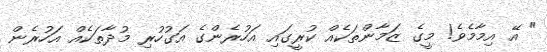
" އޭ އިމާމެވެ! މީގެ ޒަމާންތަކެއް ކުރީގައި އަހުރެންގެ އަގުހުރި މުދާތަކެއް އަހުރެން